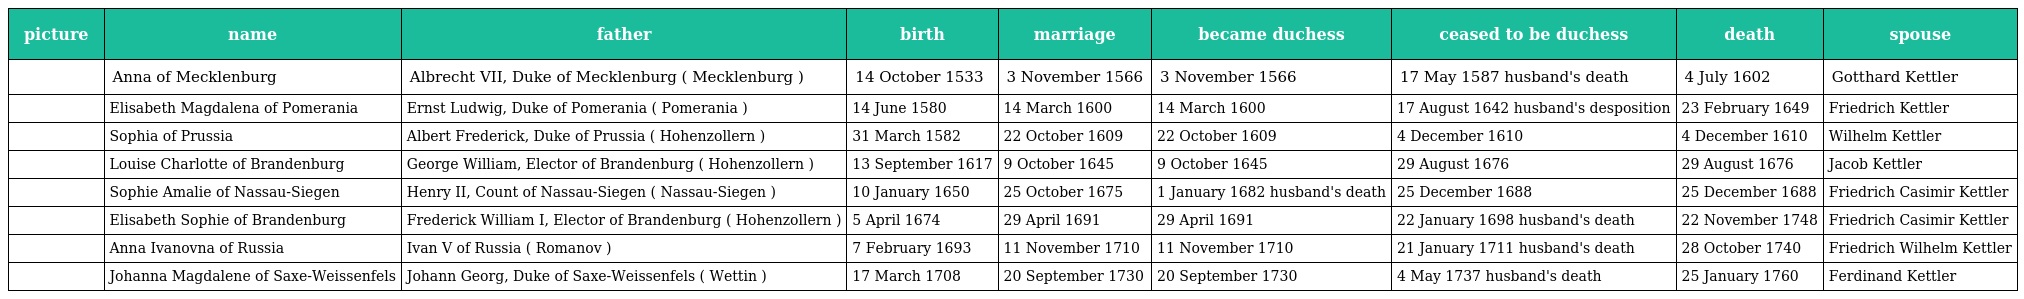
| picture | name | father | birth | marriage | became duchess | ceased to be duchess | death | spouse |
 | --- | --- | --- | --- | --- | --- | --- | --- | --- |
 |  | Anna of Mecklenburg | Albrecht VII, Duke of Mecklenburg ( Mecklenburg ) | 14 October 1533 | 3 November 1566 | 3 November 1566 | 17 May 1587 husband's death | 4 July 1602 | Gotthard Kettler |
 |  | Elisabeth Magdalena of Pomerania | Ernst Ludwig, Duke of Pomerania ( Pomerania ) | 14 June 1580 | 14 March 1600 | 14 March 1600 | 17 August 1642 husband's desposition | 23 February 1649 | Friedrich Kettler |
 |  | Sophia of Prussia | Albert Frederick, Duke of Prussia ( Hohenzollern ) | 31 March 1582 | 22 October 1609 | 22 October 1609 | 4 December 1610 | 4 December 1610 | Wilhelm Kettler |
 |  | Louise Charlotte of Brandenburg | George William, Elector of Brandenburg ( Hohenzollern ) | 13 September 1617 | 9 October 1645 | 9 October 1645 | 29 August 1676 | 29 August 1676 | Jacob Kettler |
 |  | Sophie Amalie of Nassau-Siegen | Henry II, Count of Nassau-Siegen ( Nassau-Siegen ) | 10 January 1650 | 25 October 1675 | 1 January 1682 husband's death | 25 December 1688 | 25 December 1688 | Friedrich Casimir Kettler |
 |  | Elisabeth Sophie of Brandenburg | Frederick William I, Elector of Brandenburg ( Hohenzollern ) | 5 April 1674 | 29 April 1691 | 29 April 1691 | 22 January 1698 husband's death | 22 November 1748 | Friedrich Casimir Kettler |
 |  | Anna Ivanovna of Russia | Ivan V of Russia ( Romanov ) | 7 February 1693 | 11 November 1710 | 11 November 1710 | 21 January 1711 husband's death | 28 October 1740 | Friedrich Wilhelm Kettler |
 |  | Johanna Magdalene of Saxe-Weissenfels | Johann Georg, Duke of Saxe-Weissenfels ( Wettin ) | 17 March 1708 | 20 September 1730 | 20 September 1730 | 4 May 1737 husband's death | 25 January 1760 | Ferdinand Kettler |